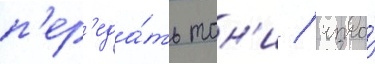
п'ер'еда́ть тон'и / что́